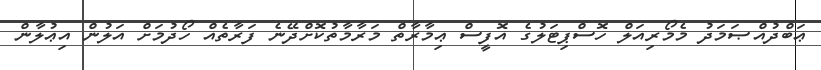
ޢަބްދުއްޞަމަދު މެމޯރިއަލް ހޮސްޕިޓަލުގެ އޮފީސް ޢިމާރާތް މަރާމާތުކޮށްދޭނެ ފަރާތެއް ހޯދުމަށް އަލުން އިޢުލާން